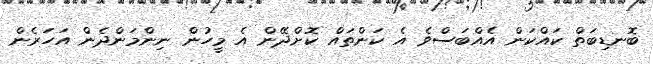
ބޮނޑިބަތް ކައްކަން އެއްބަސްވެ އެ ކަންތައް ކޮށްދޭން އެ މީހުން ނިންމަންދެން އަހަރެން